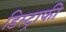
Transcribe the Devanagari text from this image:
डिस्ट्राफी